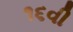
૧૬વી